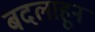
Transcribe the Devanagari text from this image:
बदलाहून